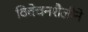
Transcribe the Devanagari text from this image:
विवेचनशैलीने